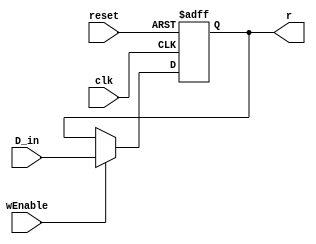
`timescale 1ns / 1ps
// each instruction run occurs by one clock 
module Register(D_in, wEnable, reset, clk, r);
	 input [15:0] D_in;
	 input clk, wEnable, reset;
	 output reg [15:0] r;
	 
	 // Asynchro. reset 
 always @( posedge clk, negedge reset)
	begin
	if (~reset) r <= 16'b0000000000000000;
	else
		begin			
			if (wEnable)
				begin
					r <= D_in;
				end
			else
				begin
					r <= r;
				end
		end
	end
endmodule

// Shown below is one way to implement the register file
// This is a bottom-up, structural instantiation
// Another module is described in another file...
// .... which shows two dimensional construct for regfile

// Structural Implementation of RegBank
/********/
module RegBank(ALUBus, nes_input, r0, r1, r2, r3, r4, r5, r6, r7, r8, r9, r10, r11, r12, r13, r14, r15, regEnable, clk, reset);
	input clk, reset;
	input [15:0] ALUBus;
	input [15:0] regEnable;
	input [15:0] nes_input;
	output [15:0] r0, r1, r2, r3, r4, r5, r6, r7, r8, r9, r10, r11, r12, r13, r14, r15;

Register Inst0(
	.D_in(ALUBus),
	.wEnable(regEnable[0]),
	.reset(reset), 
	.clk(clk),
	.r(r0));
Register Inst1(ALUBus, regEnable[1], reset, clk, r1);
Register Inst2(ALUBus, regEnable[2], reset, clk, r2);
Register Inst3(ALUBus, regEnable[3], reset, clk, r3);
Register Inst4(ALUBus, regEnable[4], reset, clk, r4);
Register Inst5(ALUBus, regEnable[5], reset, clk, r5);
Register Inst6(ALUBus, regEnable[6], reset, clk, r6);
Register Inst7(ALUBus, regEnable[7], reset, clk, r7);
Register Inst8(ALUBus, regEnable[8], reset, clk, r8);
Register Inst9(ALUBus, regEnable[9], reset, clk, r9);
Register Inst10(ALUBus, regEnable[10], reset, clk, r10);
Register Inst11(ALUBus, regEnable[11], reset, clk, r11);
Register Inst12(ALUBus, regEnable[12], reset, clk, r12);
Register Inst13(ALUBus, regEnable[13], reset, clk, r13);
Register Inst14(ALUBus, regEnable[14], reset, clk, r14);
Register Inst15(nes_input, 1'b1, reset, clk, r15);
endmodule